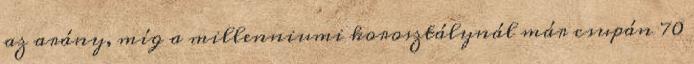
az arány, míg a millenniumi korosztálynál már csupán 70